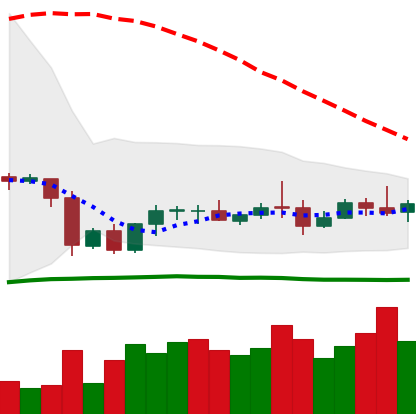
Ticker: LTC-USD
Chart end date: 2020-10-07
Forward return: 8.751%
Label: up_7plus